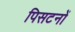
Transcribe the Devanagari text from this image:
पिसटनों